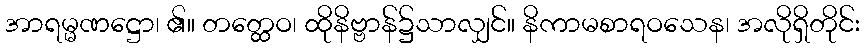
အာရမ္မဏဋ္ဌော၊ ၏။ တတ္ထေဝ၊ ထိုနိဗ္ဗာန်၌သာလျှင်။ နိကာမစာရဝသေန၊ အလိုရှိတိုင်း